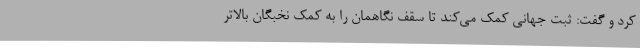
کرد و گفت: ثبت جهانی کمک می‌کند تا سقف نگاهمان را به کمک نخبگان بالاتر